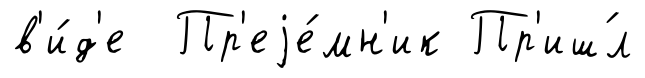
в'и́д'е Пр'еjе́мн'ик Пр'иш́л